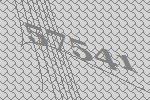
57541